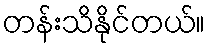
တန်းသိနိုင်တယ်။